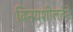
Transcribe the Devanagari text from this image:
विनयशीलतेने